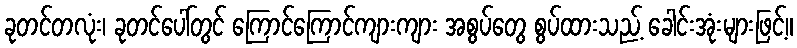
ခုတင်တလုံး၊ ခုတင်ပေါ်တွင် ကြောင်ကြောင်ကျားကျား အစွပ်တွေ စွပ်ထားသည့် ခေါင်းအုံးများဖြင့်။